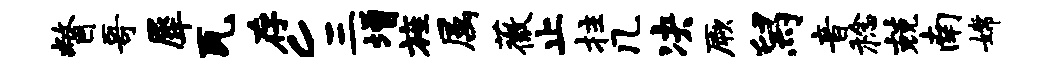
瞥哥犀瓦存c三增旌属薇止拄几决厥舄音稔兢南嫦